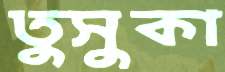
তুসুকা